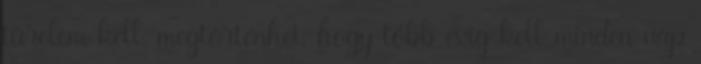
türelem kell, megtörténhet, hogy több évig kell minden nap